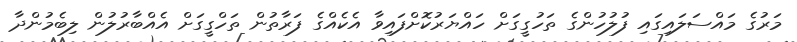
މަރުގެ މައްސަލައިގައި ފުލުހުންގެ ތަހުގީގަށް ހައްޔަރުކޮށްފައިވާ އެކެއްގެ ފަރާތުން ތަހްގީގަށް އެއްބާރުލުން ލިބެމުންދާ